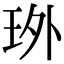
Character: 𤤫